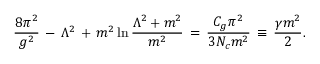
\frac { 8 \pi ^ { 2 } } { g ^ { 2 } } \, - \, \Lambda ^ { 2 } \, + \, m ^ { 2 } \ln \frac { \Lambda ^ { 2 } + m ^ { 2 } } { m ^ { 2 } } \, = \, \frac { C _ { g } \pi ^ { 2 } } { 3 N _ { c } m ^ { 2 } } \, \equiv \, \frac { \gamma m ^ { 2 } } { 2 } .